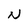
Character: N